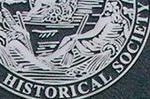
HISTORICAL SOCIETY